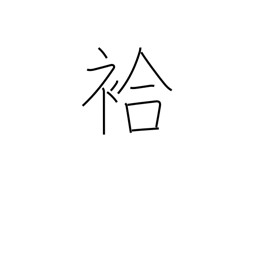
Meaning: lined (kimono)